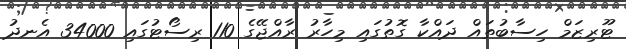
ޓޫރިޒަމް ހިސާބުތައް ދައްކާ ގޮތުގައި މިހާރު ރާއްޖޭގެ 110 ރިސޯޓުގައި 34000 އެނދު